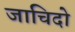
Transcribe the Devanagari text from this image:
जाचिदो